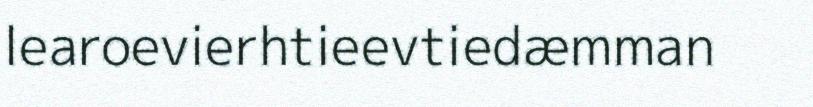
learoevierhtieevtiedæmman